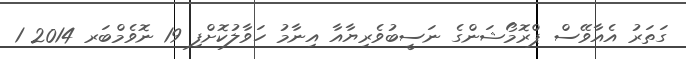
ގަތަރު އެއާވޭސް ޕްރޮމޯޝަންގެ ނަސީބުވެރިޔާއާ އިނާމު ހަވާލުކޮށްފި 19 ނޮވެމްބަރ 2014 1